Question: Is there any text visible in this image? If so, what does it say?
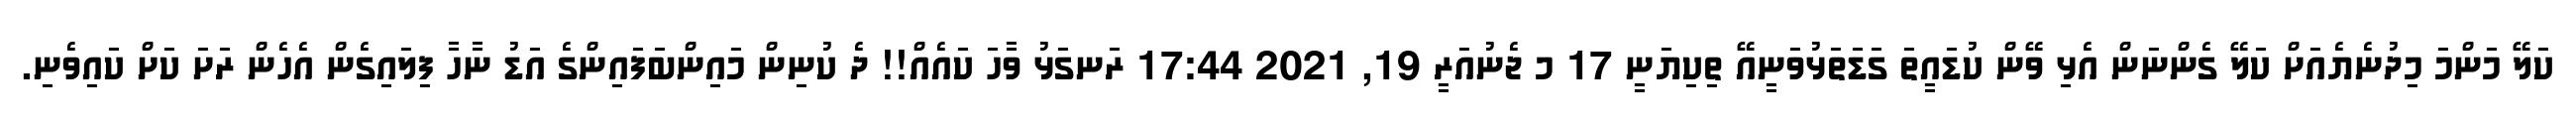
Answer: ކަލޭ މަންމަ މިދުނެޔެއަށް ކަލޭ ގެންނަން އެޅި ވޭން ކުޑައީތަ ގަޑަތަޅުވަނީއޭ ތިކިޔަނީ 17 މ ޖެނުއަރީ 19, 2021 17:44 ރަނގަޅު ވާހަ ކައެއް!! ދެ ކުނިން މައިންބަފައިންގެ އަޑު ނާހާ ފިލައިގެން އެހެން ރަށަ ކަށް ކައިވެނި.